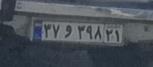
۳۷و۳۹۸۲۱